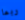
ربما